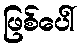
ဖြစ်ပေါ်